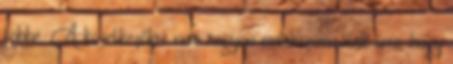
többé. A következőkre nem nagyon emlékszem, csak arra, hogy